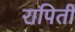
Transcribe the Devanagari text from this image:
रापिती